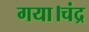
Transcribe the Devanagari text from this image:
गया।चंद्र